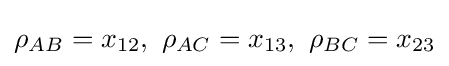
\rho _{AB}=x_{12},\ \rho _{AC}=x_{13},\ \rho _{BC}=x_{23}